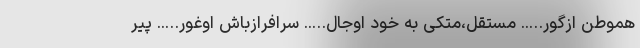
هموطن ازگور….. مستقل،متکی به خود اوجال….. سرافرازباش اوغور….. پیر